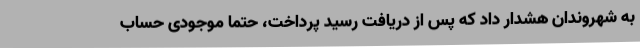
به شهروندان هشدار داد که پس از دریافت رسید پرداخت، حتماً موجودی حساب